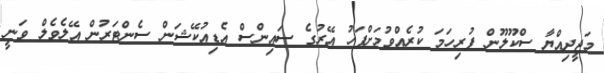
މަޖީދިއްޔާ ސްކޫލޫން ފުރިހަމަ ކުރެއްވުމަށްފަހު އޭރުގެ ސައިންސް އެޑިއުކޭޝަން ސެންޓަރުން އޭލެވެލް ވަނީ